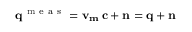
\bf q ^ { \mathrm { ~ m ~ e ~ a ~ s ~ } } = v _ { m } \, c + n = q + n